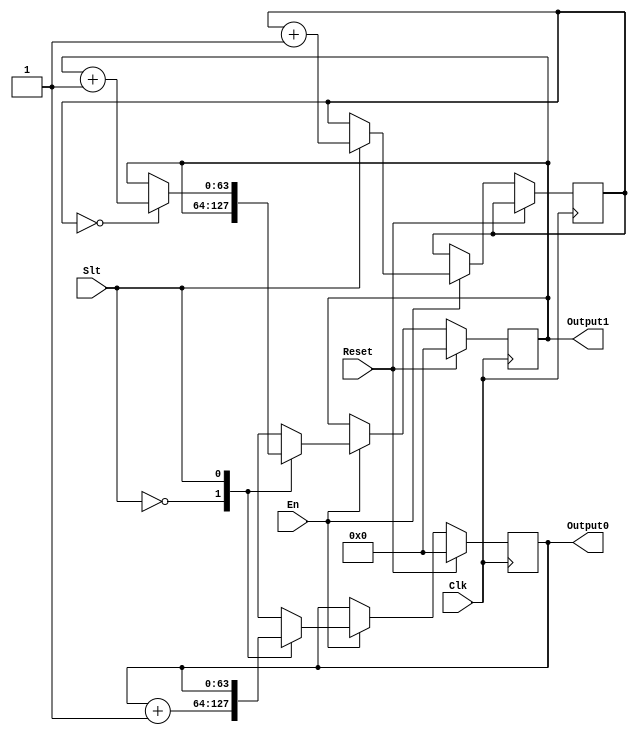
`timescale 1ns / 1ps
`define one 1'b1
`define zero 1'b0
//////////////////////////////////////////////////////////////////////////////////
// Company: 
// Engineer: 
// 
// Design Name: 
// Module Name:    code 
// Project Name: 
// Target Devices: 
// Tool versions: 
// Description: 
//
// Dependencies: 
//
// Revision: 
// Revision 0.01 - File Created
// Additional Comments: 
//
//////////////////////////////////////////////////////////////////////////////////
module code(
    input Clk,
    input Reset,
    input Slt,
    input En,
    output reg [63:0] Output0,
    output reg [63:0] Output1
    );
    reg [1:0] count4 = 2'b01;

always @(posedge Clk) begin
    if(Reset == 1'b1)begin      //reset == 1
        Output0 <= 64'd0;
        Output1 <= 64'd0;
    end
    else begin                  //reset == 0
        if(En == 1'b1)begin     //en == 1
            case (Slt)
                `zero:begin      //Slt == 0
                    Output0 <= Output0 + 64'd1;
                    Output1 <= Output1;
                end 
                `one:begin       //Slt == 1
                    count4 <= count4 + 2'b01;
                    if(count4 == 2'b00) begin
                        Output0 <= Output0;
                        Output1 <= Output1 + 64'd1;
                    end
                    else begin
                        Output0 <= Output0;
                        Output1 <= Output1;
                    end
                end 
            endcase
        end
        else begin              //en == 0   ->stay
            Output0 <= Output0;
            Output1 <= Output1;
        end
    end
end
endmodule